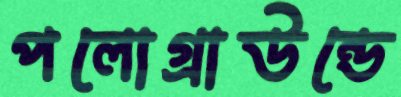
পলোগ্রাউন্ডে